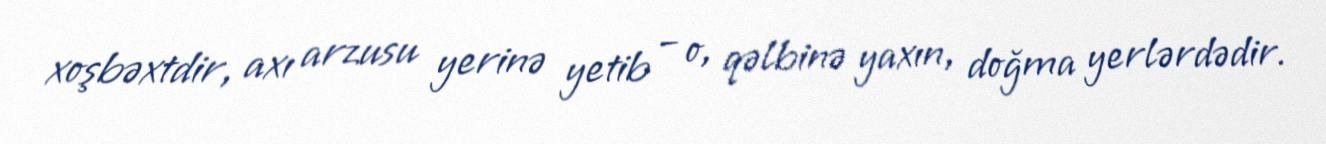
xoşbəxtdir, axı arzusu yerinə yetib – o, qəlbinə yaxın, doğma yerlərdədir.